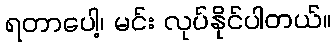
ရတာပေါ့၊ မင်း လုပ်နိုင်ပါတယ်။